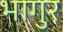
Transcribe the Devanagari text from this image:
भागुर